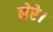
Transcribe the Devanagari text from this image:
नेरे।